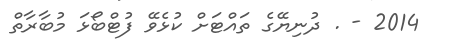
2014 - . ދުނިޔޭގެ ތައްޓަށް ކުޅެވޭ ފުޓްބޯޅަ މުބާރާތް